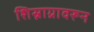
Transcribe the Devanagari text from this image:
शिस्नाग्रावरून